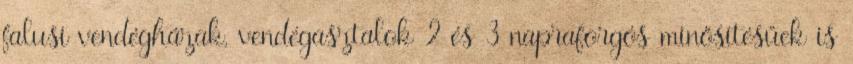
falusi vendégházak, vendégasztalok 2 és 3 napraforgós minősítésűek is